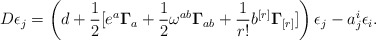
\begin{align*}D\epsilon _{j}=\left( d+\frac{1}{2}[e^{a}{\bf \Gamma }_{a}+\frac{1}{2}\omega ^{ab}{\bf \Gamma }_{ab}+\frac{1}{r!}b^{[r]}{\bf\Gamma }_{[r]}]\right) \epsilon _{j}-a_{j}^{i}\epsilon _{i}.\end{align*}